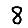
Digit: 8